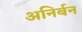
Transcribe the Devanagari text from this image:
अनिर्बन